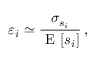
\varepsilon _ { i } \simeq \frac { \sigma _ { s _ { i } } } { \mathrm { ~ E ~ } [ s _ { i } ] } \, ,